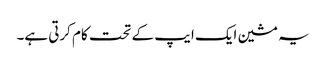
یہ مشین ایک ایپ کے تحت کام کرتی ہے۔